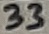
Text: 33